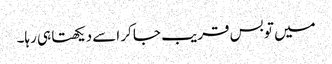
میں تو بس قریب جا کر اسے دیکھتا ہی رہا۔